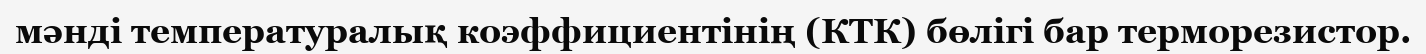
мәнді температуралық коэффициентінің (КТК) бөлігі бар терморезистор.